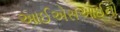
આઈએસઆઈનો